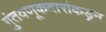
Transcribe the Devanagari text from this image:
गुंतवणूकदारांकडून